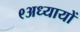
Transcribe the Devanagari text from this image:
९अध्यायों